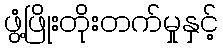
ဖွံ့ဖြိုးတိုးတက်မှုနှင့်